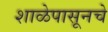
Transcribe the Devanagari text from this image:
शाळेपासूनचे